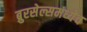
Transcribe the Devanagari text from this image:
ब्रुरसेल्समध्येच